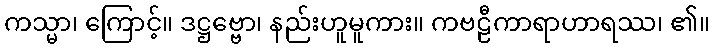
ကသ္မာ၊ ကြောင့်။ ဒဋ္ဌဗ္ဗော၊ နည်းဟူမူကား။ ကဗဠီကာရာဟာရဿ၊ ၏။